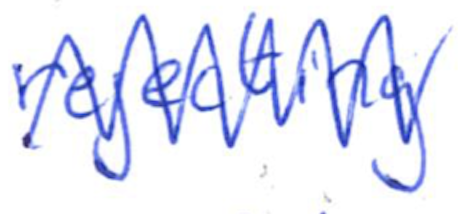
Text: rejecting
Cross-out: zig-zag
Writing tool: ballpoint